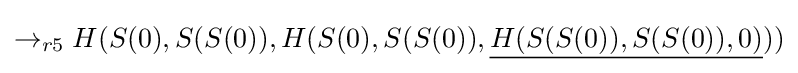
\rightarrow _{r5}H(S(0),S(S(0)),H(S(0),S(S(0)),{\underline {H(S(S(0)),S(S(0)),0)}}))